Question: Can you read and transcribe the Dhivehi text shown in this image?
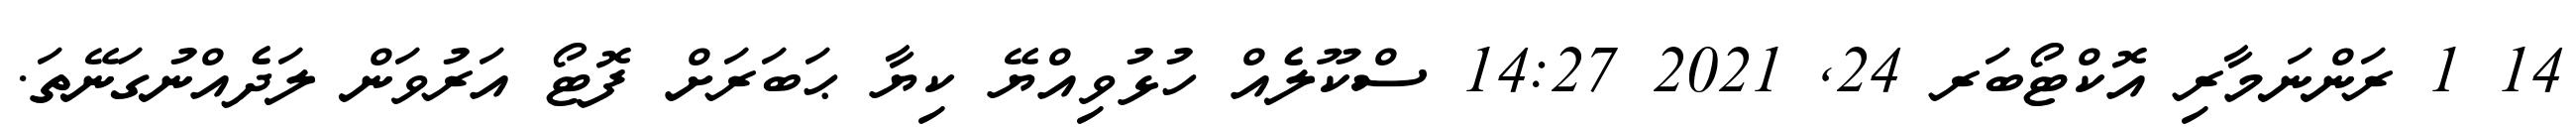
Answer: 14 1 ރަންނަމާރި އޮކްޓޯބަރ 24, 2021 14:27 ސްކޫލެއް ހުޅުވިއްޔޭ ކިޔާ ޙަބަރަށް ފޮޓޯ އަރުވަން ލަދެއްނުގަނޭތަ.